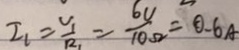
I _ { 1 } = \frac { v _ { 1 } } { R _ { 1 } } = \frac { 6 v } { 1 0 \Omega } = 0 . 6 A